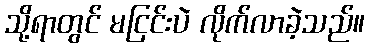
သို့ရာတွင် မငြင်းပဲ လိုက်လာခဲ့သည်။